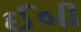
ઈબી